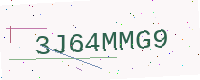
Text: 3J64MMG9